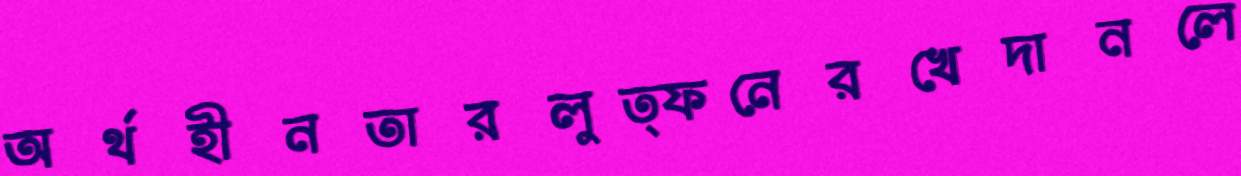
অর্থহীনতারলুত্ফনেরখেদানলে